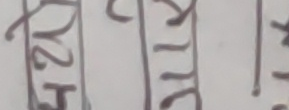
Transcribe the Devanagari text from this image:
१२५